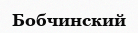
Бобчинский